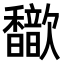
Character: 𫘃